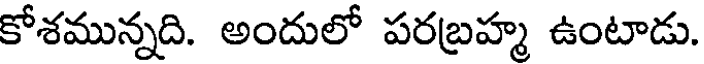
కోశమున్నది. అందులో పరబ్రహ్మ ఉంటాడు.